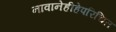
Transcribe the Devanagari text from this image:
नावानेहीहेपरिचित